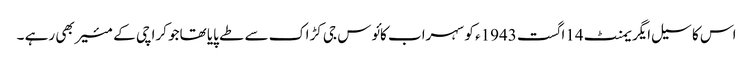
اس کا سیل ایگریمنٹ 14اگست 1943ء کو سہراب کائوس جی کڑاک سے طے پایا تھاجو کراچی کے مئیر بھی رہے ۔